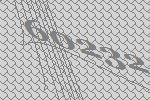
60232